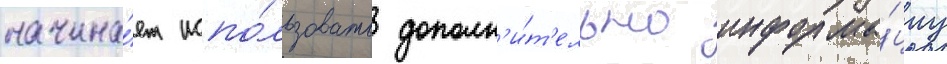
начина́ет испо́льзовать дополн'и́т'ельно информа́циу